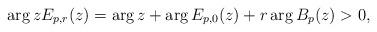
LaTeX: \begin{align*}\arg z E_{p,r}(z) = \arg z+ \arg E_{p,0}(z) + r\arg B_p(z) >0,\end{align*}